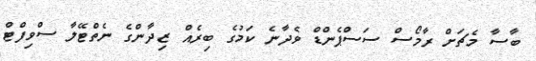
ބާސާ މެޗަށް ރާމޯސް ސަސްޕެންޑް ވެދާނެ ކަމުގެ ބިރެއް ޒިދާންގެ ނެތްޓޭލާ ސްވިފްޓް